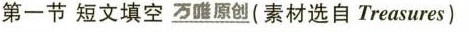
第一节 短文填空 \underline{万唯原创}(素材选自 Treasures)